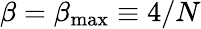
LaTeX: \beta=\beta_{\mathrm{max}}\equiv 4/N